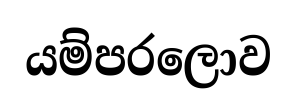
යම්පරලොව